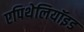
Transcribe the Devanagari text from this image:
एपिथेलियॉइड